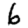
Digit: 6